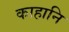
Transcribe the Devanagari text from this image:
काहानि